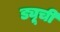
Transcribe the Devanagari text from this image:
ड्यूची